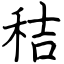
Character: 秸